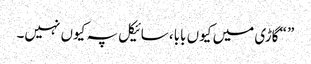
” “گاڑی میں کیوں بابا، سائیکل پہ کیوں نہیں۔